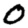
Digit: 0